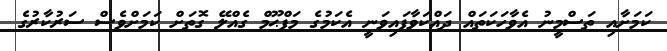
ކަމަށާއި ތަސްމީނު އެވާހަކަތައް ދައްކަވާފައިވަނީ އެކަމުގެ މަފްޙޫމް ގެއްލޭ ގޮތަށް ކަމަށްވެސް ސަރުކާރުގެ